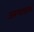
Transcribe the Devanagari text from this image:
अरूणाचलचे